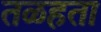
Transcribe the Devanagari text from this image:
तळहता